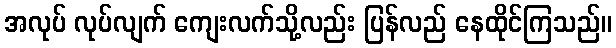
အလုပ် လုပ်လျက် ကျေးလက်သို့လည်း ပြန်လည် နေထိုင်ကြသည်။